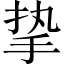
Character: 挚